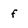
Character: f